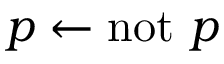
p \leftarrow \mathrm { n o t } ~ p